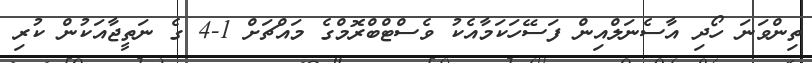
ތިންވަނަ ހޯދި އާސެނަލްއިން ފަސޭހަކަމާއެކު ވެސްޓްބްރޮމްގެ މައްޗަށް 1-4 ގެ ނަތީޖާއަކުން ކުރި